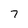
Character: 7